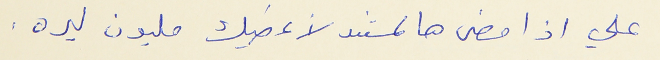
علي اذا مضى هالمستند لأعطيك مليون ليره .